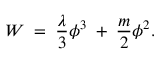
W \; = \; { \frac { \lambda } { 3 } } \phi ^ { 3 } \; + \; { \frac { m } { 2 } } \phi ^ { 2 } .